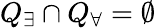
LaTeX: Q_{\exists}\cap Q_{\forall}=\emptyset